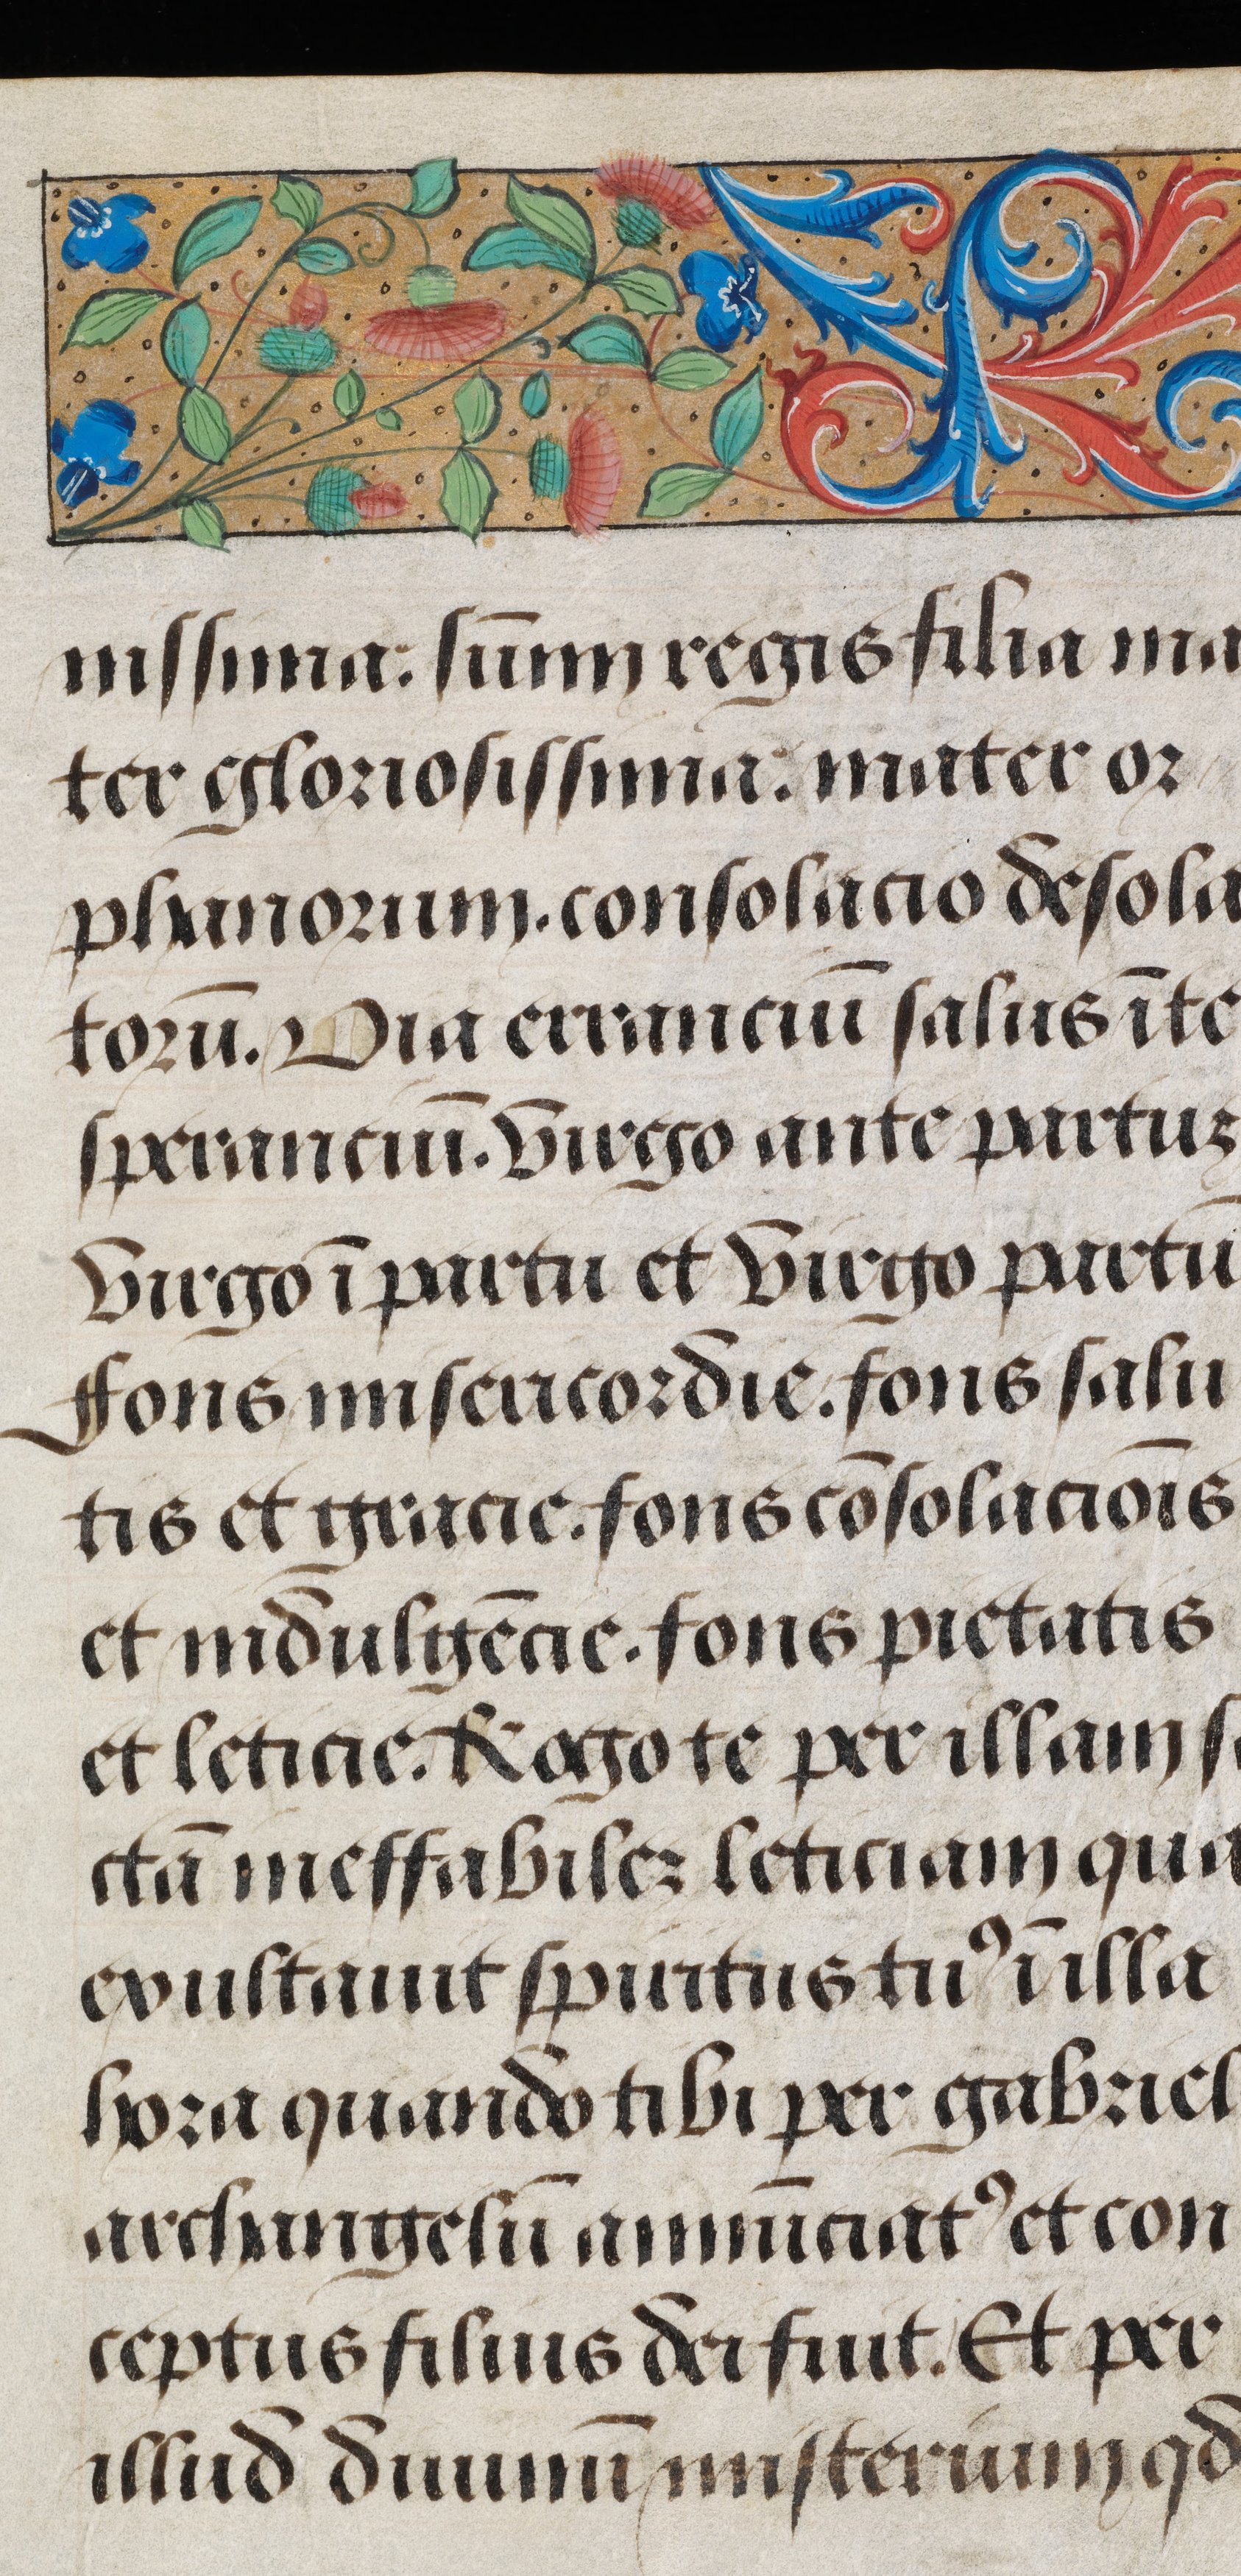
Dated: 1495–1498